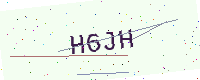
Text: H6JH